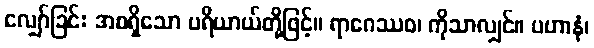
လျှော်ခြင်း အစရှိသော ပရိယာယ်တို့ဖြင့်။ ရာဂေဿဝ၊ ကိုသာလျှင်။ ပဟာနံ၊